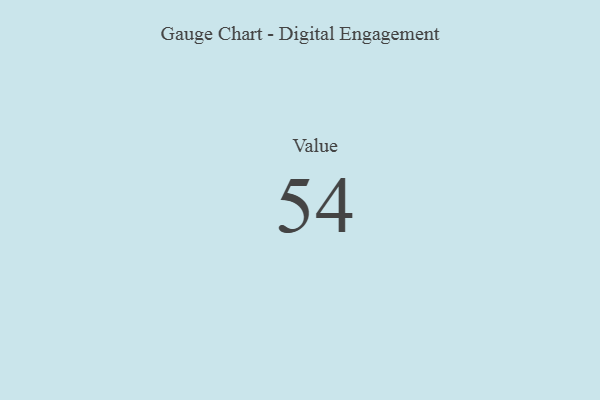
{"axis": {"x": "Metric", "y": "Value"}, "legend": [""], "data": [{"x": "Value", "y": 54, "type": ""}]}